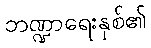
ဘဏ္ဍာရေးနှစ်၏